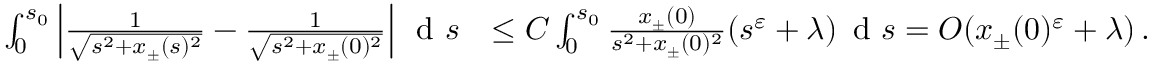
\begin{array} { r l } { \int _ { 0 } ^ { s _ { 0 } } \left\vert \frac { 1 } { \sqrt { s ^ { 2 } + x _ { \pm } ( s ) ^ { 2 } } } - \frac { 1 } { \sqrt { s ^ { 2 } + x _ { \pm } ( 0 ) ^ { 2 } } } \right\vert \, \textnormal { d } s } & { \leq C \int _ { 0 } ^ { s _ { 0 } } \frac { x _ { \pm } ( 0 ) } { s ^ { 2 } + x _ { \pm } ( 0 ) ^ { 2 } } ( s ^ { \varepsilon } + \lambda ) \, \textnormal { d } s = O ( x _ { \pm } ( 0 ) ^ { \varepsilon } + \lambda ) \, . } \end{array}